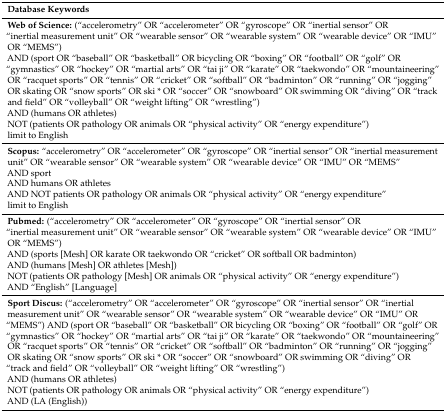
| Database Keywords |
 | --- |
 | Web of Science: (“accelerometry” OR “accelerometer” OR “gyroscope” OR “inertial sensor” OR “inertial measurement unit” OR “wearable sensor” OR “wearable system” OR “wearable device” OR “IMU” OR “MEMS”)AND (sport OR “baseball” OR “basketball” OR bicycling OR “boxing” OR “football” OR “golf” OR “gymnastics” OR “hockey” OR “martial arts” OR “tai ji” OR “karate” OR “taekwondo” OR “mountaineering” OR “racquet sports” OR “tennis” OR “cricket” OR “softball” OR “badminton” OR “running” OR “jogging” OR skating OR “snow sports” OR ski * OR “soccer” OR “snowboard” OR swimming OR “diving” OR “track and field” OR “volleyball” OR “weight lifting” OR “wrestling”)AND (humans OR athletes)NOT (patients OR pathology OR animals OR “physical activity” OR “energy expenditure”)limit to English |
 | Scopus: “accelerometry” OR “accelerometer” OR “gyroscope” OR “inertial sensor” OR “inertial measurement unit” OR “wearable sensor” OR “wearable system” OR “wearable device” OR “IMU” OR “MEMS”AND sportAND humans OR athletesAND NOT patients OR pathology OR animals OR “physical activity” OR “energy expenditure”limit to English |
 | Pubmed: (“accelerometry” OR “accelerometer” OR “gyroscope” OR “inertial sensor” OR “inertial measurement unit” OR “wearable sensor” OR “wearable system” OR “wearable device” OR “IMU” OR “MEMS”)AND (sports [Mesh] OR karate OR taekwondo OR “cricket” OR softball OR badminton)AND (humans [Mesh] OR athletes [Mesh])NOT (patients OR pathology [Mesh] OR animals OR “physical activity” OR “energy expenditure”)AND “English” [Language] |
 | Sport Discus: (“accelerometry” OR “accelerometer” OR “gyroscope” OR “inertial sensor” OR “inertial measurement unit” OR “wearable sensor” OR “wearable system” OR “wearable device” OR “IMU” OR “MEMS”) AND (sport OR “baseball” OR “basketball” OR bicycling OR “boxing” OR “football” OR “golf” OR “gymnastics” OR “hockey” OR “martial arts” OR “tai ji” OR “karate” OR “taekwondo” OR “mountaineering” OR “racquet sports” OR “tennis” OR “cricket” OR “softball” OR “badminton” OR “running” OR “jogging” OR skating OR “snow sports” OR ski * OR “soccer” OR “snowboard” OR swimming OR “diving” OR “track and field” OR “volleyball” OR “weight lifting” OR “wrestling”)AND (humans OR athletes)NOT (patients OR pathology OR animals OR “physical activity” OR “energy expenditure”)AND (LA (English)) |